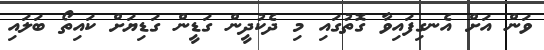
ވަން އަށް އެނގިފައިވާ ގޮތުގައި މި ދެކުދީން ގަޑީން ގަޑިޔަށް ކައިތޯ ބަލައި